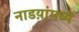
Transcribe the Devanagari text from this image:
नाडय़ांमध्ये